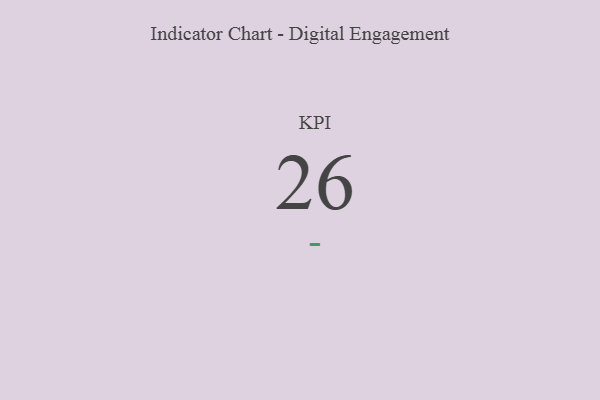
{"axis": {"x": "KPI", "y": "Value"}, "legend": [""], "data": [{"x": "KPI", "y": 26, "type": ""}]}